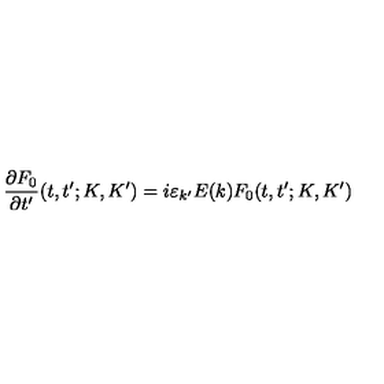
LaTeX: \frac { \partial F _ { 0 } } { \partial t ^ { \prime } } ( t , t ^ { \prime } ; K , K ^ { \prime } ) = i \varepsilon _ { k ^ { \prime } } E ( k ) F _ { 0 } ( t , t ^ { \prime } ; K , K ^ { \prime } )